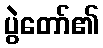
ပွဲတော်၏